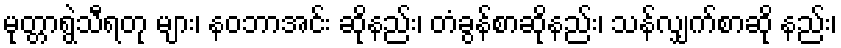
မုတ္တာရွဲသီရတု များ၊ နဝဘာအင်း ဆိုနည်း၊ တံခွန်စာဆိုနည်း၊ သန်လျှက်စာဆို နည်း၊